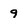
Character: 9